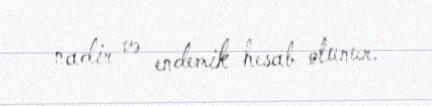
nadir və endemik hesab olunur.